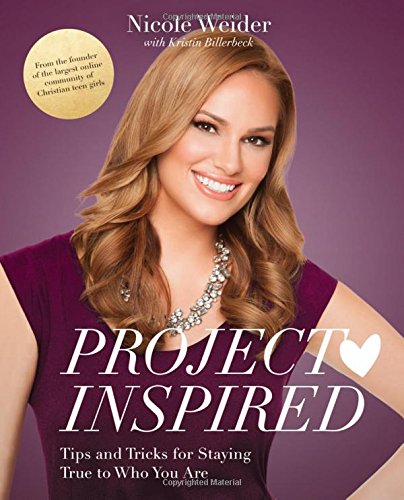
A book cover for Project Inspired: Tips and Tricks for Staying True to Who You Are; Nicole Weider; Christian Books & Bibles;